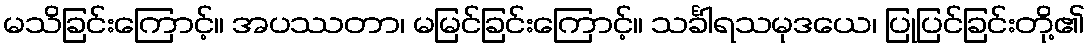
မသိခြင်းကြောင့်။ အပဿတာ၊ မမြင်ခြင်းကြောင့်။ သင်္ခါရသမုဒယေ၊ ပြုပြင်ခြင်းတို့၏